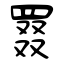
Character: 罬